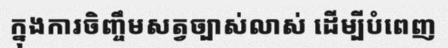
ក្នុងការចិញ្ចឹមសត្វច្បាស់លាស់ ដើម្បីបំពេញ